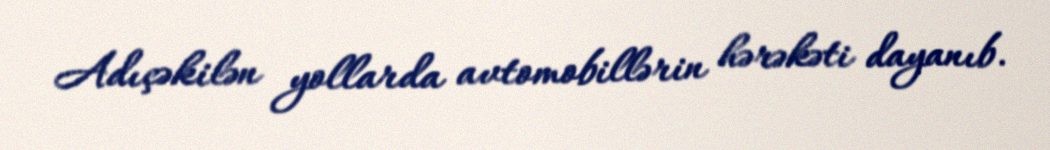
Adıçəkilən yollarda avtomobillərin hərəkəti dayanıb.